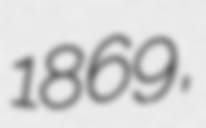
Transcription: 1869,